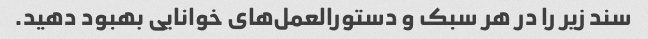
سند زیر را در هر سبک و دستورالعمل‌های خوانایی بهبود دهید.